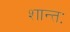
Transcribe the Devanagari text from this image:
शान्तः